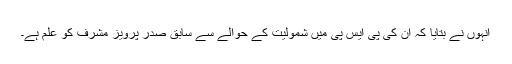
انہوں نے بتایا کہ ان کی پی ایس پی میں شمولیت کے حوالے سے سابق صدر پرویز مشرف کو علم ہے۔